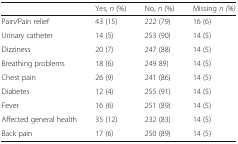
<table><thead><tr><td></td><td><b>Yes, <i>n</i> (%)</b></td><td><b>No, <i>n</i> (%)</b></td><td><b>Missing <i>n (%)</i></b></td></tr></thead><tbody><tr><td>Pain/Pain relief</td><td>43 (15)</td><td>222 (79)</td><td>16 (6)</td></tr><tr><td>Urinary catheter</td><td>14 (5)</td><td>253 (90)</td><td>14 (5)</td></tr><tr><td>Dizziness</td><td>20 (7)</td><td>247 (88)</td><td>14 (5)</td></tr><tr><td>Breathing problems</td><td>18 (6)</td><td>249 89)</td><td>14 (5)</td></tr><tr><td>Chest pain</td><td>26 (9)</td><td>241 (86)</td><td>14 (5)</td></tr><tr><td>Diabetes</td><td>12 (4)</td><td>255 (91)</td><td>14 (5)</td></tr><tr><td>Fever</td><td>16 (6)</td><td>251 (89)</td><td>14 (5)</td></tr><tr><td>Affected general health</td><td>35 (12)</td><td>232 (83)</td><td>14 (5)</td></tr><tr><td>Back pain</td><td>17 (6)</td><td>250 (89)</td><td>14 (5)</td></tr></tbody></table>